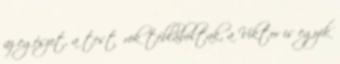
az egészet, a testőrök tébláboltak, a Viktor is egyik